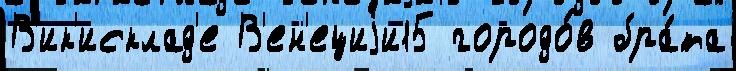
В'ик'исклад'е В'ен'ециjи15 городо́в бра́та